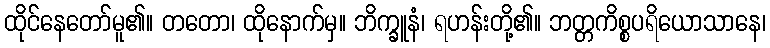
ထိုင်နေတော်မူ၏။ တတော၊ ထိုနောက်မှ။ ဘိက္ခူနံ၊ ရဟန်းတို့၏။ ဘတ္တကိစ္စပရိယောသာနေ၊